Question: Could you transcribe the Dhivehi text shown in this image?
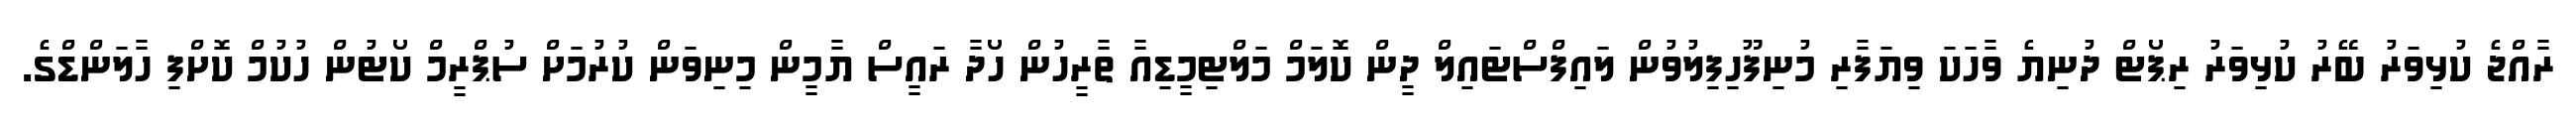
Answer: ރާއްޖެ ކުޅިވަރު ބޭރު ކުޅިވަރު ރިޕޯޓް ދުނިޔެ ވާހަކަ ވިޔަފާރި މުނިފޫހިފިލުވުން ލައިފްސްޓައިލް ދީން ކޮލަމް މަލްޓިމީޑިއާ ތާރީހުން ހޯދާ ރައީސް ޔާމީން މިނިވަން ކުރުމަށް ސުޕްރީމް ކޯޓުން ހުކުމް ކޮށްފި ހާލަންޑްގެ.